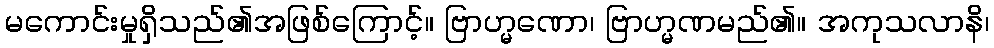
မကောင်းမှုရှိသည်၏အဖြစ်ကြောင့်။ ဗြာဟ္မဏော၊ ဗြာဟ္မဏမည်၏။ အကုသလာနိ၊